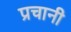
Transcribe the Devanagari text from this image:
प्रचानी